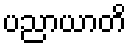
ပညာယာတိ